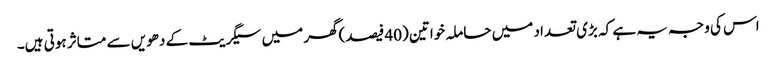
اس کی وجہ یہ ہے کہ بڑی تعداد میں حاملہ خواتین (40 فیصد)گھر میں سیگریٹ کے دھویں سے متاثر ہوتی ہیں۔